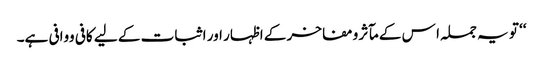
‘‘ تو یہ جملہ ا س کے مآثر ومفاخر کے اظہار اور اثبات کے لیے کافی ووافی ہے۔